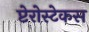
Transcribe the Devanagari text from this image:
प्टेरोस्टेकस